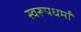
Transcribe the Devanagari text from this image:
स्वरूपधर्मों